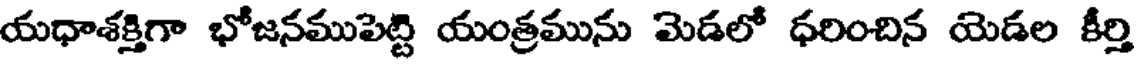
యధాశక్తిగా భోజనముపెట్టి యంత్రమును మెడలో ధరించిన యెడల కీర్తి